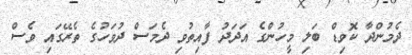
ދެމުންދާ ކޮވިޑް ބަލި މީހުންގެ އަދަދު ފާއިތުވި ދެމަސް ދުވަހުގެ ތެރޭގައި ވެސް